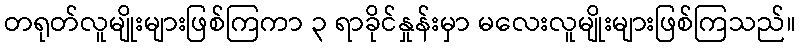
တရုတ်လူမျိုးများဖြစ်ကြကာ ၃ ရာခိုင်နှုန်းမှာ မလေးလူမျိုးများဖြစ်ကြသည်။